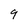
Character: 9